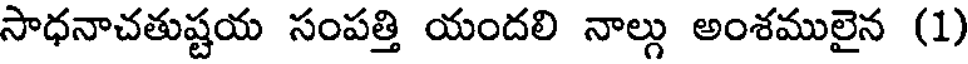
సాధనాచతుష్టయ సంపత్తి యందలి నాల్గు అంశములైన (1)